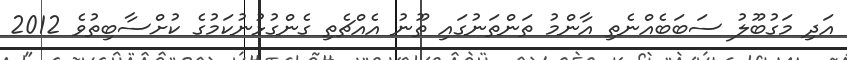
އަދި މަގުބޫލު ސަބަބެއްނެތި އާންމު ތަންތަނުގައި ތޫނު އެއްޗެތި ގެންގުޅުނުކަމުގެ ކުށްސާބިތުވެ 2012